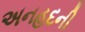
અનહદની